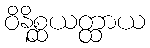
ဝိနိစ္ဆယတ္ထာယ